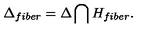
\Delta _ { f i b e r } = \Delta \bigcap H _ { f i b e r } .